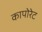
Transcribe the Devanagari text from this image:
कापोरेट